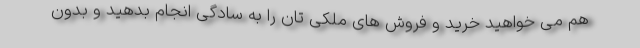
هم می خواهید خرید و فروش های ملکی تان را به سادگی انجام بدهید و بدون